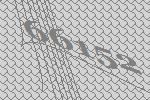
66152